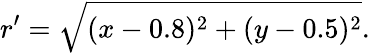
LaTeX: r^{\prime}=\sqrt{(x-0.8)^{2}+(y-0.5)^{2}}.